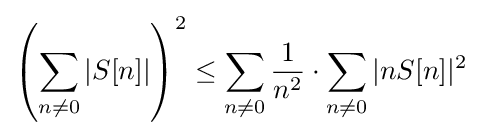
\left(\sum _{n\neq 0}|S[n]|\right)^{2}\leq \sum _{n\neq 0}{\frac {1}{n^{2}}}\cdot \sum _{n\neq 0}|nS[n]|^{2}